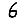
Digit: 6